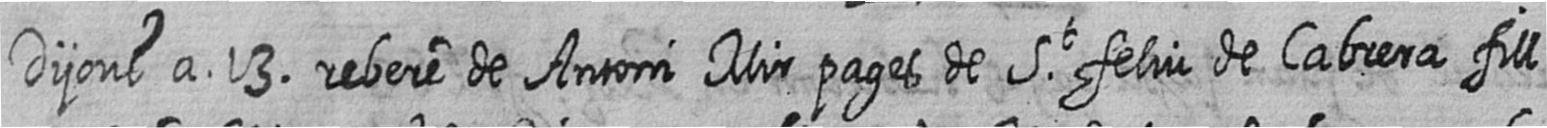
Dijous a 13 rebere de Antoni Mir pages de St feliu de Cabrera fill